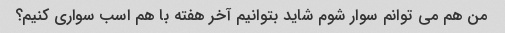
من هم می توانم سوار شوم شاید بتوانیم آخر هفته با هم اسب سواری کنیم؟